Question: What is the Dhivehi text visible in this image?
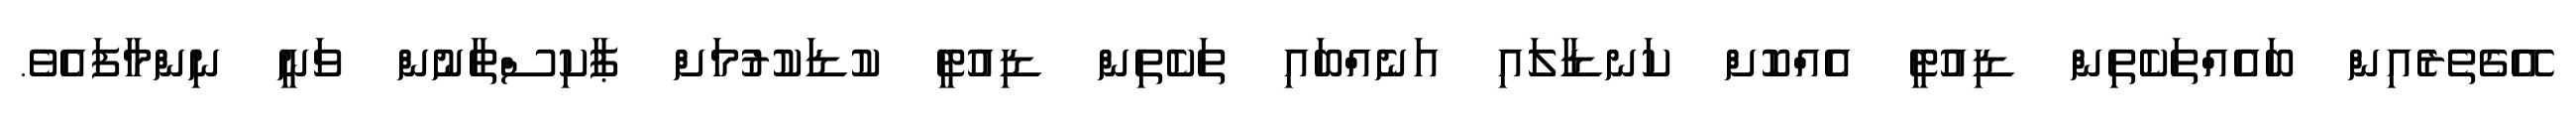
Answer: އޭގެތެރެއިން ބައެއްތަކެތިން ޑިއުޓީ އެއްކޮށް ކަނޑާލައި އަނެއްބައި ތަކެތިން ޑިއުޓީ ކުޑަކުރުމަށް ޕާކިސްތާނުން ވަނީ ނިންމާފައެވެ.